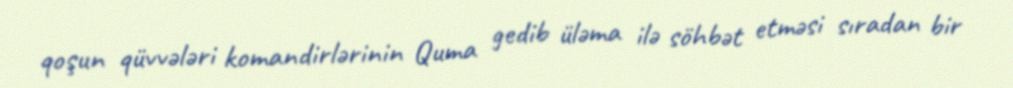
qoşun qüvvələri komandirlərinin Quma gedib üləma ilə söhbət etməsi sıradan bir